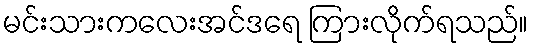
မင်းသားကလေးအင်ဒရေ ကြားလိုက်ရသည်။